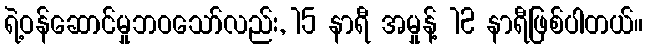
ရဲ့ဝန်ဆောင်မှုဘဝသော်လည်း, 15 နာရီ အမှုန့် 12 နာရီဖြစ်ပါတယ်။